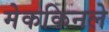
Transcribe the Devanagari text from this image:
मेककिनले